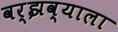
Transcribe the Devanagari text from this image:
वर्झव्याला